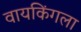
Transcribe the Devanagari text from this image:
वायकिंगला